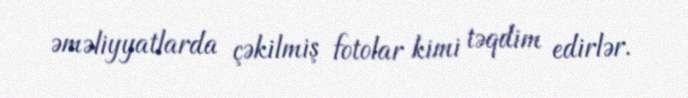
əməliyyatlarda çəkilmiş fotolar kimi təqdim edirlər.